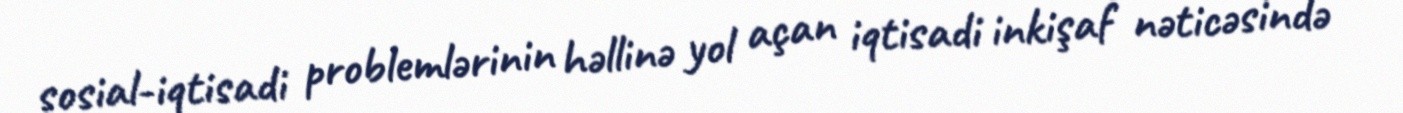
sosial-iqtisadi problemlərinin həllinə yol açan iqtisadi inkişaf nəticəsində